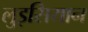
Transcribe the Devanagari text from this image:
लुइसियान